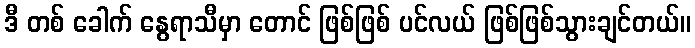
ဒီ တစ် ခေါက် နွေရာသီမှာ တောင် ဖြစ်ဖြစ် ပင်လယ် ဖြစ်ဖြစ်သွားချင်တယ်။